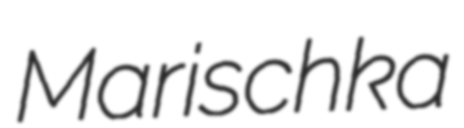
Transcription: Marischka